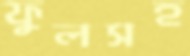
ফুলসহ